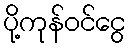
ပို့ကုန်ဝင်ငွေ